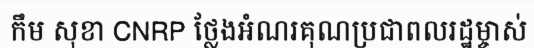
កឹម សុខា CNRP ថ្លែងអំណរគុណប្រជាពលរដ្ឋម្ចាស់